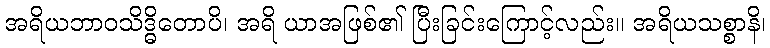
အရိယဘာဝသိဒ္ဓိတောပိ၊ အရိ ယာအဖြစ်၏ ပြီးခြင်းကြောင့်လည်း။ အရိယသစ္စာနိ၊